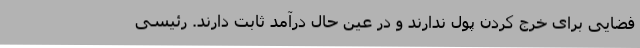
فضایی برای خرج کردن پول ندارند و در عین حال درآمد ثابت دارند. رئیسی